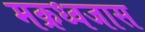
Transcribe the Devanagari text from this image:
मक्रध्वजास